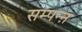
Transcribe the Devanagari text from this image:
सम्पन्ऩ